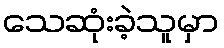
သေဆုံးခဲ့သူမှာ